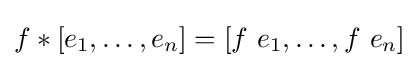
f*[e_{1},\dots ,e_{n}]=[f\ e_{1},\dots ,f\ e_{n}]